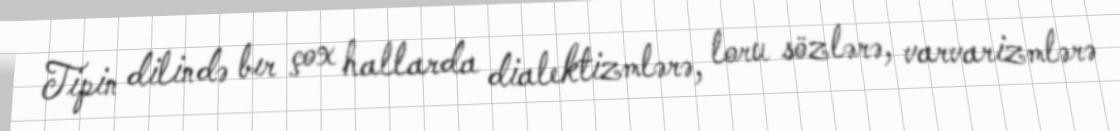
Tipin dilində bır çox hallarda dialektizmlərə, loru sözlərə, varvarizmlərə